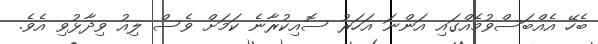
ބެހޭ އެއްބަސްވުމެއްގައި އަންނަ އަހަރު ސޮއިކުރާނެ ކަމަށް ވެސް ލިއު ވިދާޅުވި އެވެ.